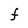
Character: F